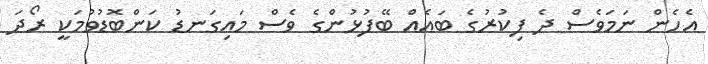
އެހެން ނަމަވެސް ދެ ފިކުރުގެ ބައެއް ބޭފުޅުންގެ ވެސް މައިގަނޑު ކަންބޮޑުވުމަކީ ރޯދަ